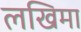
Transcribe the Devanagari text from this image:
लखिमा